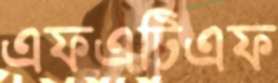
এফএটিএফ